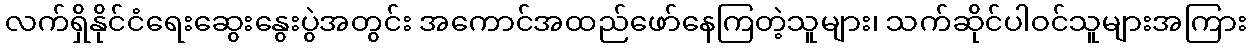
လက်ရှိနိုင်ငံရေးဆွေးနွေးပွဲအတွင်း အကောင်အထည်ဖော်နေကြတဲ့သူများ၊ သက်ဆိုင်ပါဝင်သူများအကြား